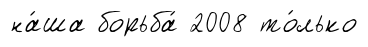
на́ша борьба́ 2008 то́лько